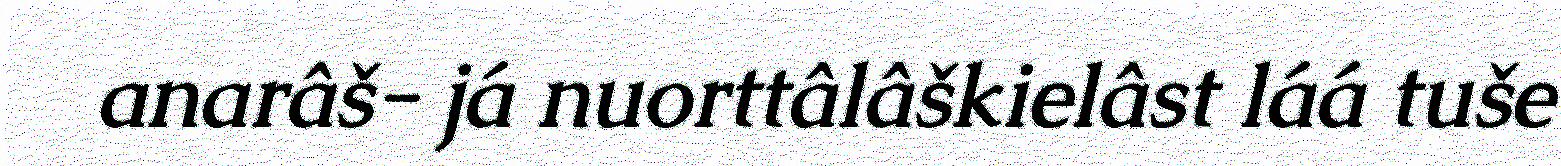
anarâš- já nuorttâlâškielâst láá tuše